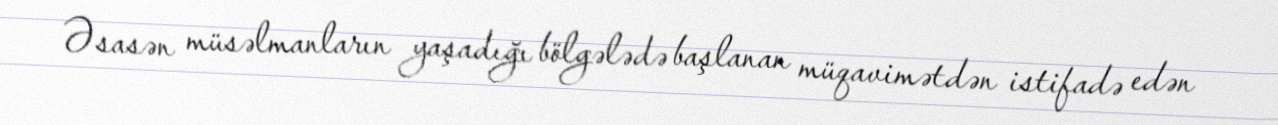
Əsasən müsəlmanların yaşadığı bölgələdə başlanan müqavimətdən istifadə edən